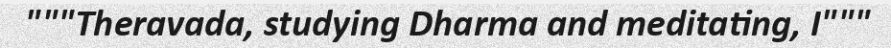
"""Theravada, studying Dharma and meditating, I"""